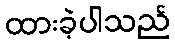
ထားခဲ့ပါသည်